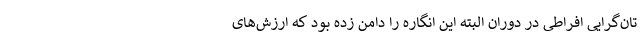
تان‌گرایی افراطی در دوران البته این انگاره را دامن زده بود که ارزش‌های